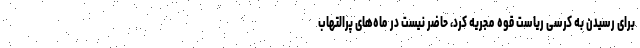
برای رسیدن به کرسی ریاست قوه مجریه کرد، حاضر نیست در ماه‌های پرالتهاب